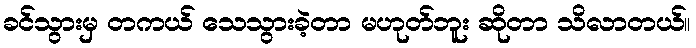
ခင်သွားမှ တကယ် သေသွားခဲ့တာ မဟုတ်ဘူး ဆိုတာ သိလာတယ်။